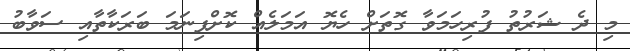
މި ދެ ޝަރުތު ފުރިހަމަވާ ގޮތަށް ހެޔޮ އަމަލެއް ކޮށްފިނަމަ ބަރަކާތާއި ސަވާބު